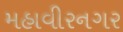
મહાવીરનગર